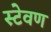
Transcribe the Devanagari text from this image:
स्टेवण